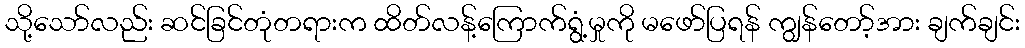
သို့သော်လည်း ဆင်ခြင်တုံတရားက ထိတ်လန့်ကြောက်ရွံ့မှုကို မဖော်ပြရန် ကျွန်တော့်အား ချက်ချင်း